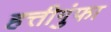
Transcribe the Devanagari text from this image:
हत्तीगुंफा